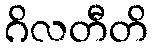
ဂိလတီတိ